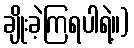
ချိုးခဲ့ကြရပါရဲ့။)